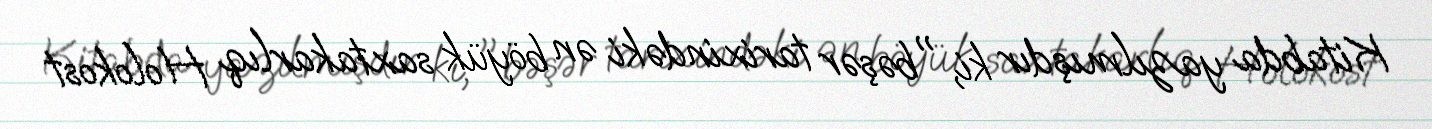
Kitabda yazılmışdır ki, "bəşər tarixindəki ən böyük saxtakarlıq Holokost